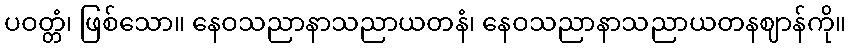
ပဝတ္တံ၊ ဖြစ်သော။ နေဝသညာနာသညာယတနံ၊ နေဝသညာနာသညာယတနဈာန်ကို။